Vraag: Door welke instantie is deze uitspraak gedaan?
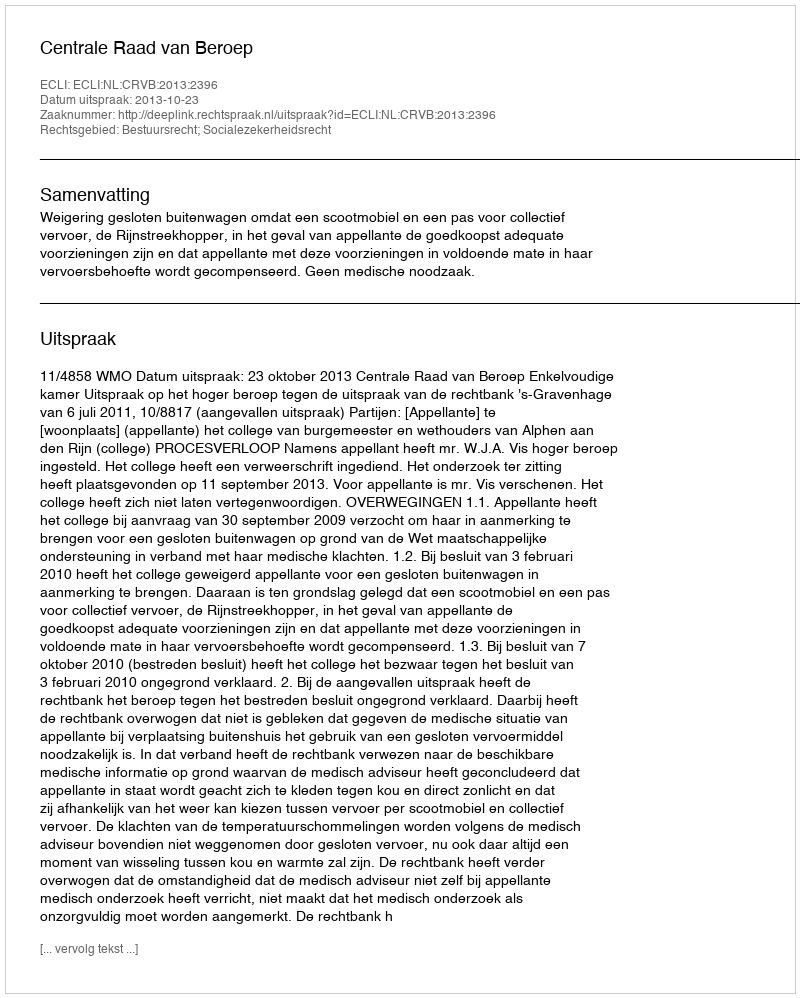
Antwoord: Centrale Raad van Beroep